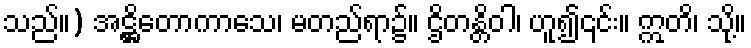
သည်။) အဋ္ဌိတောကာသေ၊ မတည်ရာ၌။ ဌိတန္တိဝါ၊ ဟူ၍၎င်း။ ဣတိ၊ သို့။